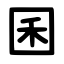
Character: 囷